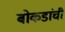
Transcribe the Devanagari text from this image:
बोकडांची